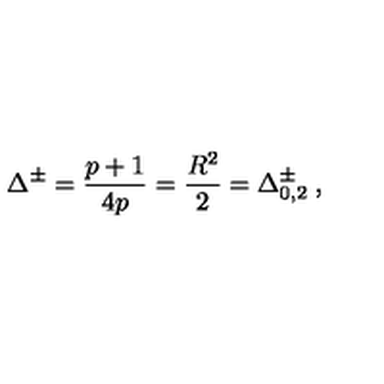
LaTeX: \Delta ^ { \pm } = \frac { p + 1 } { 4 p } = \frac { R ^ { 2 } } { 2 } = \Delta _ { 0 , 2 } ^ { \pm } \: ,